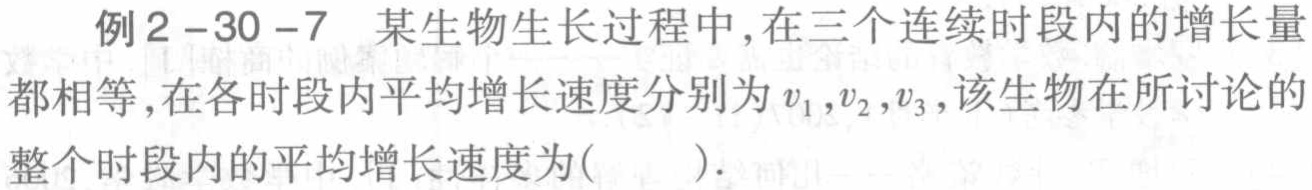
例2 -30 -7 某生物生长过程中,在三个连续时段内的增长量都相等,在各时段内平均增长速度分别为\(v_{1},v_{2},v_{3}\),该生物在所讨论的整个时段内的平均增长速度为(  ).